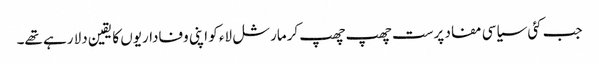
جب کئی سیاسی مفاد پرست چھپ چھپ کرمارشل لاء کو اپنی وفاداریوں کا یقین دلا رہے تھے۔